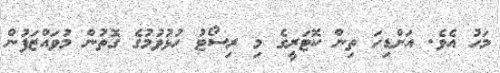
މަހު އެވެ. އަށްޑިހަ ތިން ކޮޓަރީގެ މި ރިސޯޓު ހުޅުވުމުގެ ގޮތުން މުވައްޒަފުން